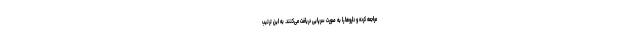
مراجعه کرده و داروها را به صورت سرپایی دریافت می‌کنند. به این ترتیب